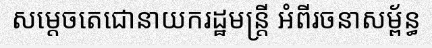
សម្តេចតេជោនាយករដ្ឋមន្ត្រី អំពីរចនាសម្ព័ន្ធ